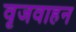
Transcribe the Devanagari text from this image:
वृजवाहन